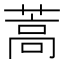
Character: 蒿